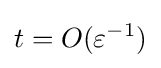
t=O(\varepsilon ^{-1})